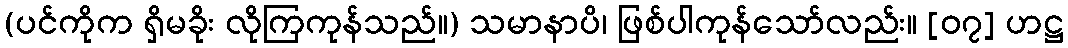
(ပင်ကိုက ရှိမခိုး လိုကြကုန်သည်။) သမာနာပိ၊ ဖြစ်ပါကုန်သော်လည်း။ [၀၇] ဟဋ္ဌ